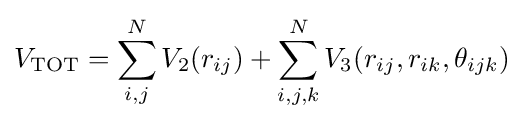
V_{\mathrm {TOT} }=\sum _{i,j}^{N}V_{2}(r_{ij})+\sum _{i,j,k}^{N}V_{3}(r_{ij},r_{ik},\theta _{ijk})